Riigikantselei, lk 21
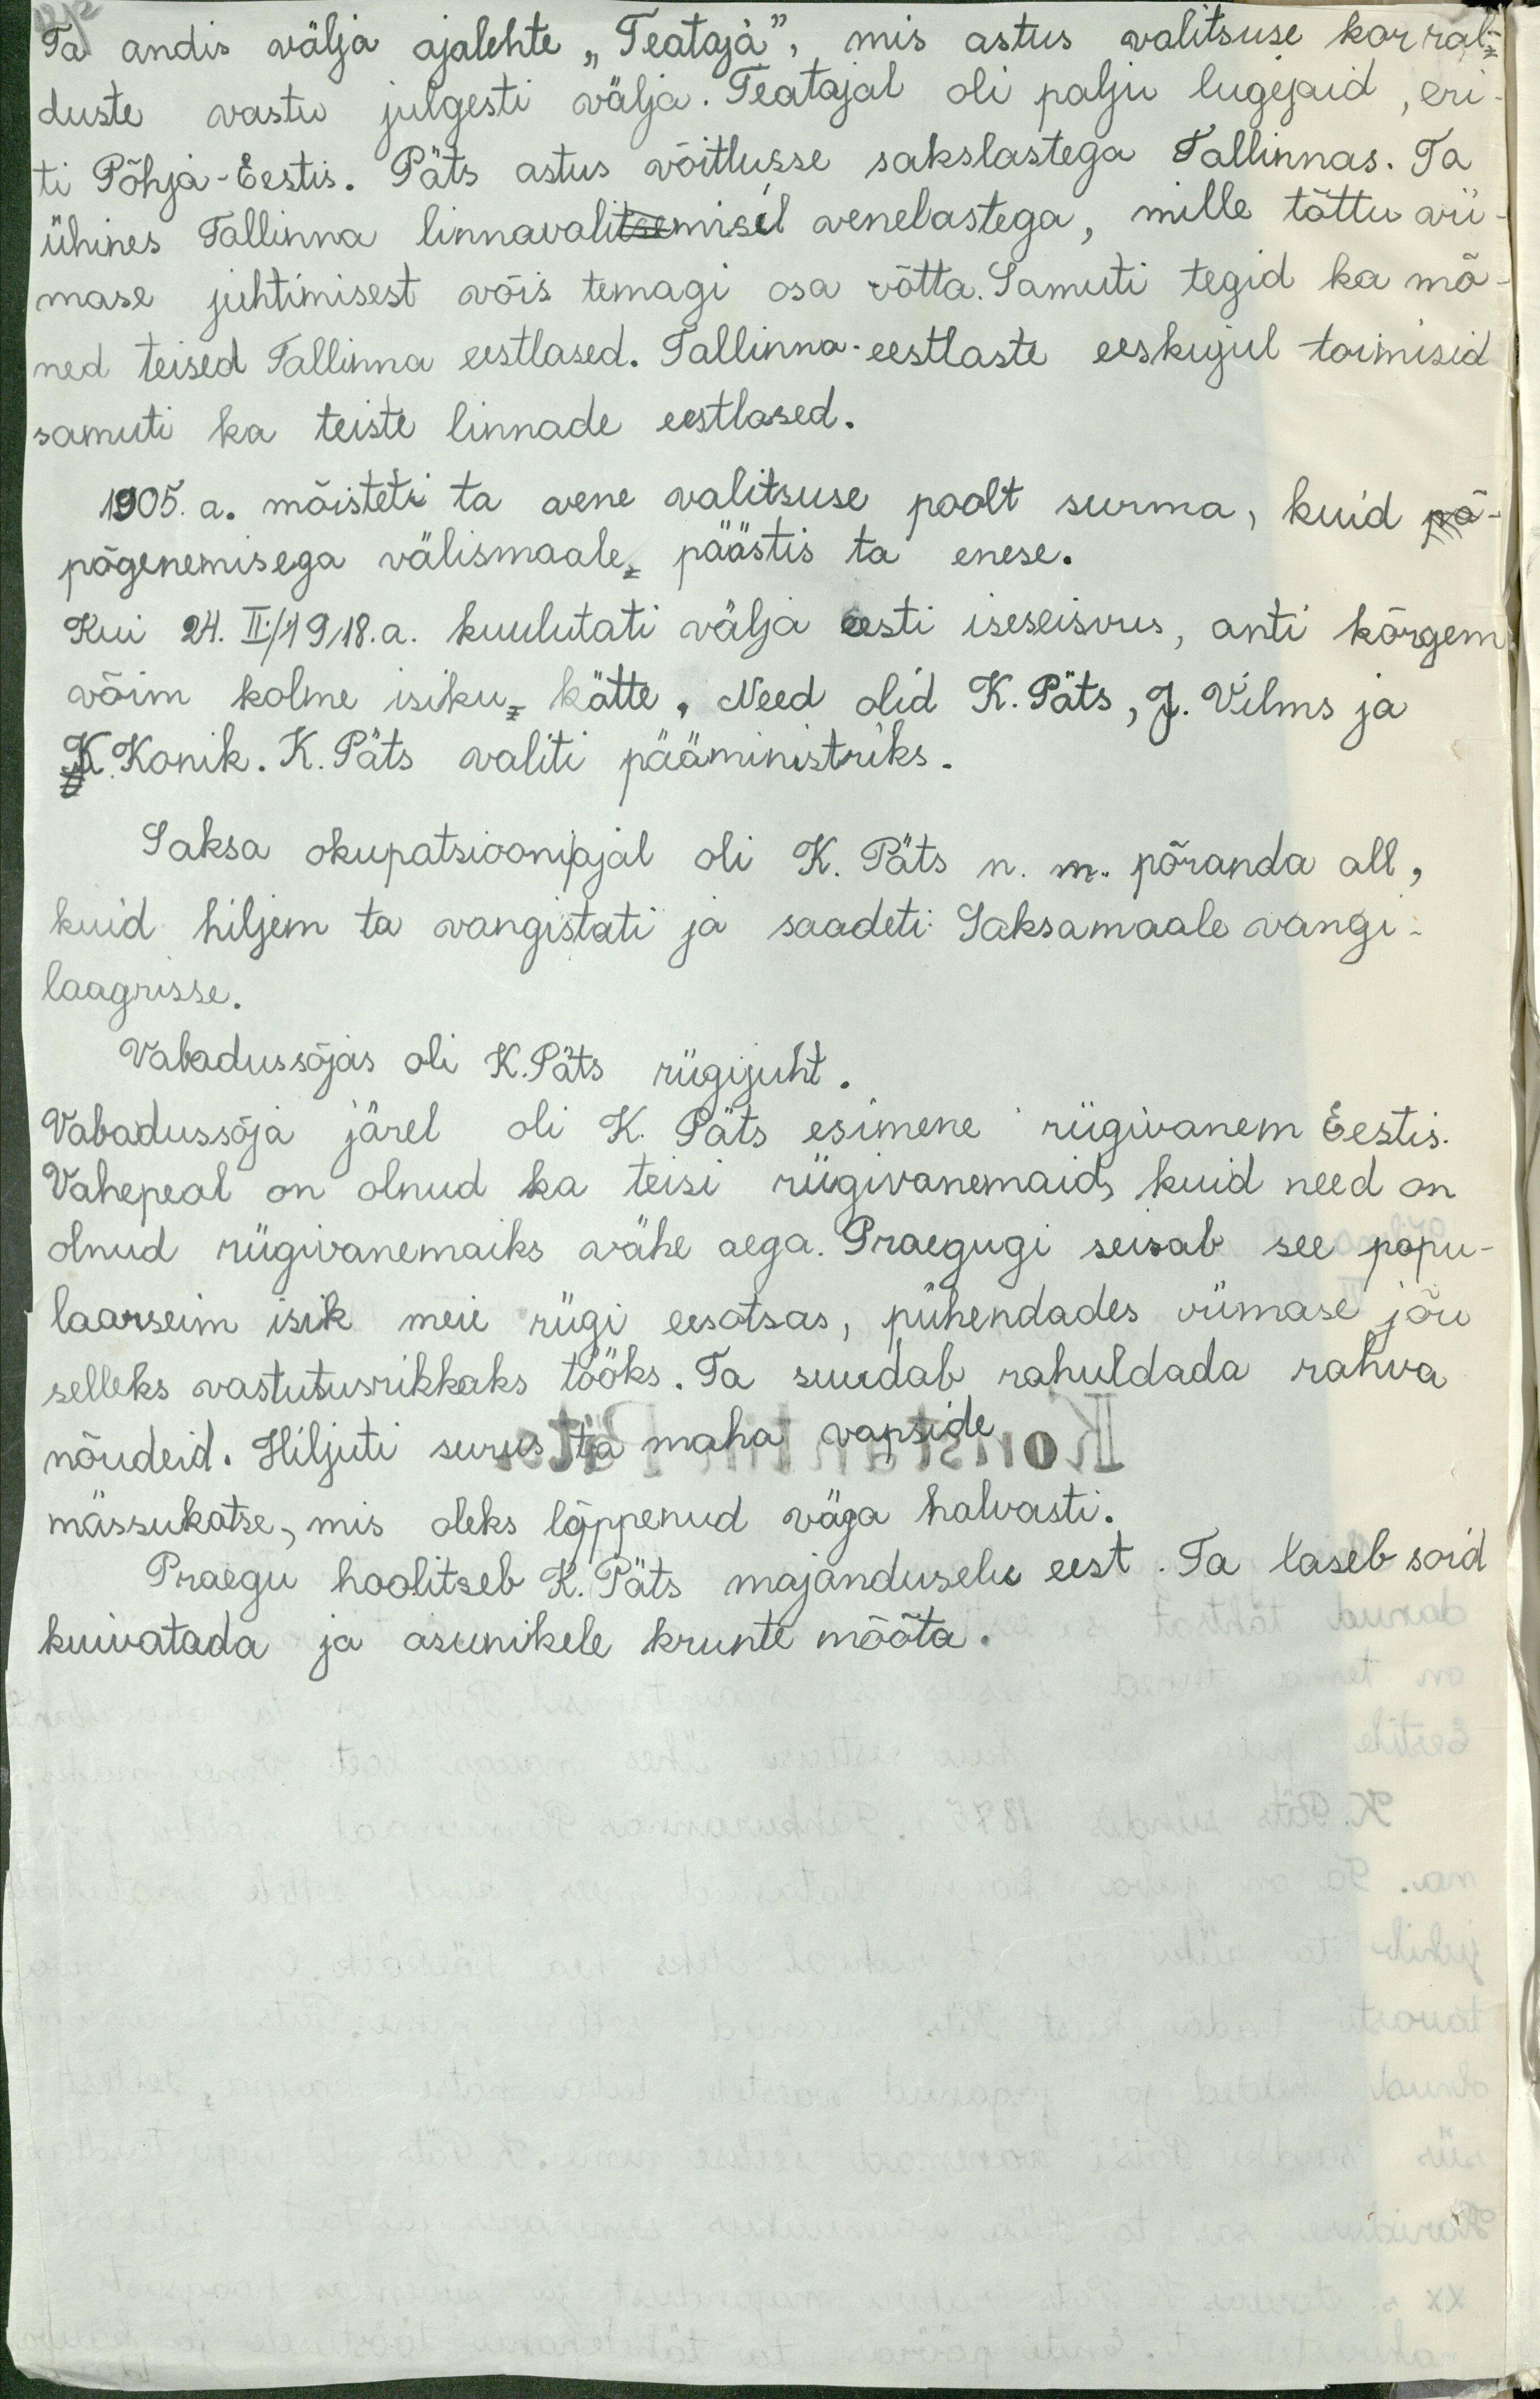
Ta andis välja ajalehte "Teataja", mis astus walitsuse korral-
duste vastu julgesti välja. Teatajal oli palju lugejaid, eri
ti Põhja-Eestis. Päts astus võitlusse sakslastega Tallinnas. Ta
ühines Tallinna linnavalitsemisel venelastega, mille tõttu vii-
mase juhtimisest võis temagi osa võtta. Samuti tegid ka mõ-
ned teised Tallinna eestlased. Tallinna-eestlaste eeskujul toimisid
samuti ka teiste linnade eestlased.
1905. a. mõisteti ta vene valitsuse poolt surma, kuid põ-
põgenemisega välismaale, päästis ta enese.
Kui 24. II./1918. a. kuulutati välja eesti iseseisvus, anti kõrgem
võim kolme isiku, kätte. Need olid K. Päts, J. Vilms ja
K. Konik. K. Päts valiti pääministriks.
Saksa okupatsiooniIajal oli K. Päts n. m. põranda all,
kuid hiljem ta vangistati ja saadeti Saksamaale vangi-
laagrisse.
Vabadussõjas oli K.Päts riigijuht
Vabadussõja järel oli K. Päts esimene riigivanem Eestis.
Vahepeal on olnud ka teisi riigivanemaid, kuid need on
olnud riigivanemaiks vähe aega. Praegugi seisab see popu-
laarseim isik meie riigi eesotsas, pühendades viimase jõu
selleks vastutusrikkaks tööks. Ta suudab rahuldada rahva
nõudeid. Hiljuti suruti maha vapside
mässukatse, mis oleks lõpppenud väga halvasti.
Praegu hoolitseb K. Päts majanduselu eest. Ta laseb soid
kuivatada ja asunikele krunte mõõta.